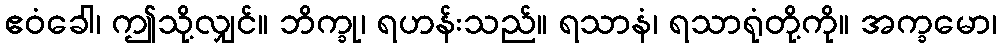
ဧဝံခေါ၊ ဤသို့လျှင်။ ဘိက္ခု၊ ရဟန်းသည်။ ရသာနံ၊ ရသာရုံတို့ကို။ အက္ခမော၊